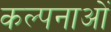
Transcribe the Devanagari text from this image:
कल्‍पनाओं